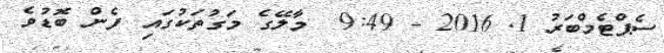
ސެޕްޓެމްބަރު 1